Leaving Certificate Examination (including Day School Certificate (Higher) General paper), 1936
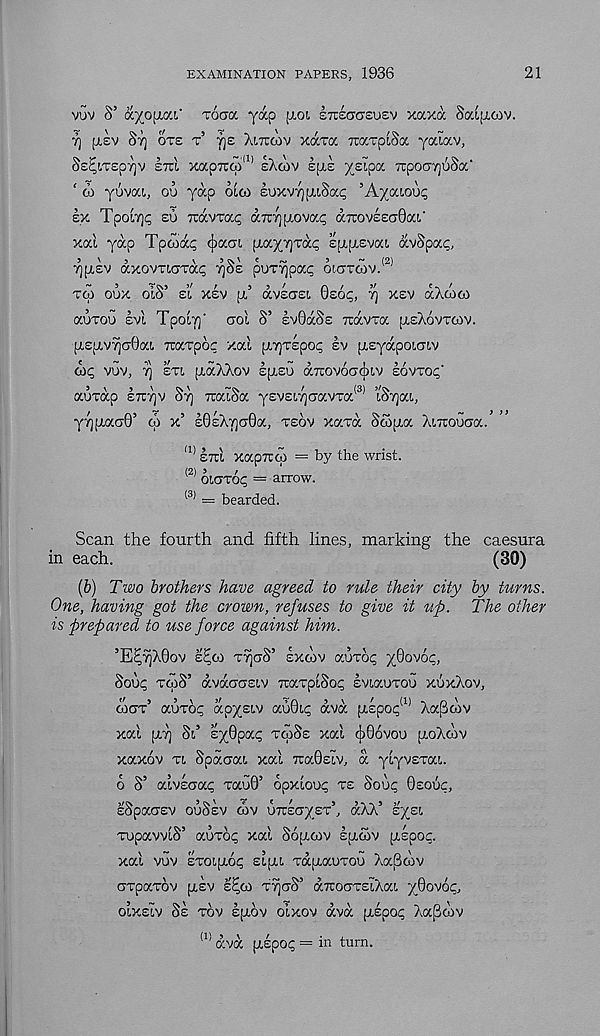
EXAMINATION PAPERS, 1936
21
vov S’ a.yo\iai XOGOL yap [xoi STZSGGZUBV xtxxa Saipioiv.
7) ;i£v Sr) OTS T’ fjE Xiruaiv xdcroc TraxplSa yaiav,
§£^I,T£py)V £TO XapTrep 11 ’ EXCOV £[X£ XEipa. TTpOCTjuSa'
‘ d) yovat,, oo yap oioi EoxvYjfTiSa^ ’Ayai.ou<;
EX TpoiT]^ £u xavra^ axY] jxovac; dxov££CT0aL'
xal yap Tpoxxq cpaai \m.y:f\xkc 'kixuz'wx avSpac,
•^[TEV axovTiaxai; ^SE por^pat^ cucrrcov.' 2 ' '
TOJ oux oiS’ EL xsv p,’ dvECTEi GE6<;, ^ XEV dxdico
aoTou EVI Tpota]’ aoi S’ EVGOCSE Trdvm JXSXOVTCOV.
|X£(xv?ici0at. rcaxpoc xai [X7]T£poi; EV [XEydpotcnv
dl<; VOV, 7] ETt, [xdXXoV EjXEO d.TCOvoacjxv EOVTO;;'
aoxdp ETTT]v ST] TxaiSa yEVEi7](7avxa <3) iSajat.,
yyjxaxO’ qi x’ s0£X7)cr0a, XEOV xaxd Soopia XiTXoocra.’ ”
(1> £7xl xapTxd) = by the wrist.
<2) oiaxot; = arrow.
l3) = bearded.
Scan the fourth and fifth lines, marking the caesura
in each.
(30)
(&) Two brothers have agreed to rule their city by turns.
One, having got the crown, refuses to give it up. The other
is prepared to use force against him.
’E^7jX0ov E^CO XTjaS’ EXOOV aoxo<; yfovoq,
8oo<; xtoS’ dvdo-aEiv TxaxpiSop svxaoxoo xoxXov,
(fax aoxo^ apystv ao0t.<; dvd [X£po^( 1) Xa[3cov
xal [XT] Sri eyQpixq xqiSs xal c|)06voo [xoXwv
xaxov xi Spdciat, xal 7xa0£iv, d ylyvsxat,.
6 S’ alv£C7a<; xao0’ opxloop XE SOO^ GEOOC,
sSpaasv OOSEV COV u^eayex’, dXX’ eyEi
xopavvlS’ aoxo? xal Sopicov E[X£5V fxixpoc.
xal vov zxoi[xoq Expu xdfxaoxoo Xa|3o7v
cxpaxov [XEV E^CO XTjo-S’ aTrouxEiXai yGovoc,
OLXEIV SE XOV E[XOV olxov dvd [XEpoi; XajStov
<1! dvd [xspo^ = in turn.